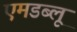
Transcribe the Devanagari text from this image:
एमडब्लू